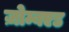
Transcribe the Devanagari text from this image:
ज़ोम्बएड